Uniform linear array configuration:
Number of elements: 12
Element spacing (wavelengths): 0.25
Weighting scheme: blackman
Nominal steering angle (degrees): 0
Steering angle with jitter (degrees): -0.3749
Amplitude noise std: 0.05
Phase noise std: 0.05

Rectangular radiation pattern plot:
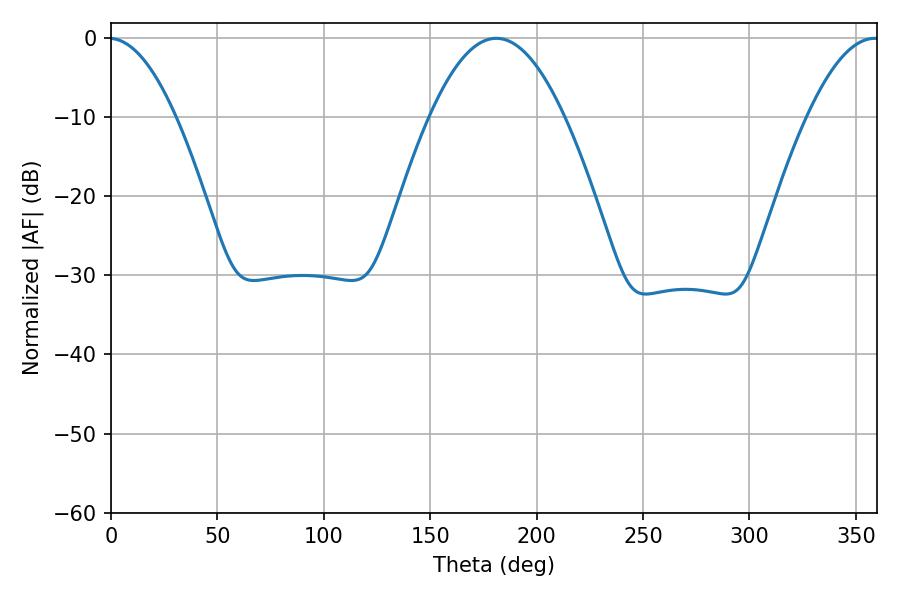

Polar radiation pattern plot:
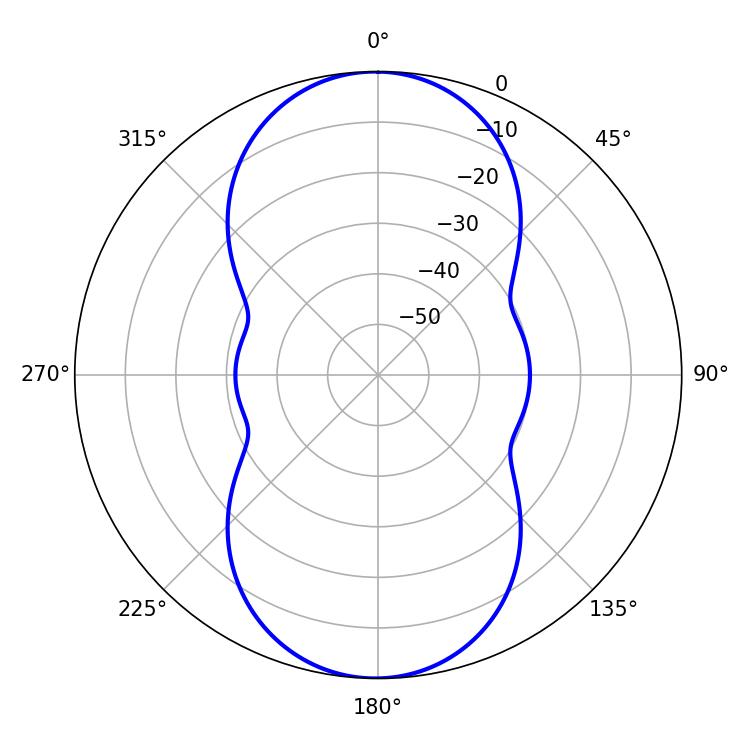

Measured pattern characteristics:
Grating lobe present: FALSE
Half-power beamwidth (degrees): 34.56
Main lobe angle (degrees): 181.08